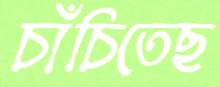
চাঁচিতেছ